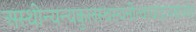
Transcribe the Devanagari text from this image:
अस्थीन्यन्यकुलस्थस्यनीत्वाचांद्रायणंचरेत्